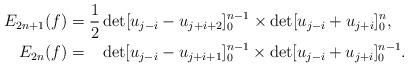
LaTeX: \begin{align*}E_{2n+1}(f)&=\frac12\det [u_{j-i}-u_{j+i+2}]_{0}^{n-1} \times \det [u_{j-i}+u_{j+i}]_0^n, \\E_{2n}(f)&=\,\,\,\,\, \det [u_{j-i}-u_{j+i+1}]_{0}^{n-1} \times \det [u_{j-i}+u_{j+i}]_0^{n-1}.\end{align*}